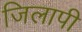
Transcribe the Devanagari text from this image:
जिलापी